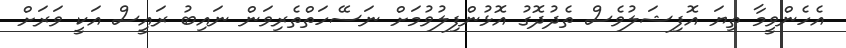
އެހެންވީމާ ތިޔަ އޮފިޝަލުވެސް ތެދުދޮގު އޮޅުންފިލުވުމަށް ނަސޭހަތްތެރިވަން ނައިބު ރައިީސް އަކީ ވަރަށް